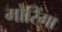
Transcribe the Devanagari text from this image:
मोरिंगा